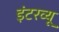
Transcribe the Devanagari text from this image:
इंटरव्‍यू